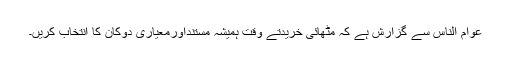
عوام الناس سے گزارش ہے کہ مٹھائی خریدتے وقت ہمیشہ مستنداورمعیاری دوکان کا انتخاب کریں۔